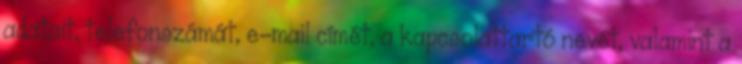
adatait, telefonszámát, e-mail címét, a kapcsolattartó nevét, valamint a